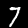
Digit: 7